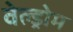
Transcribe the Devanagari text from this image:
वेल्ड्रोम